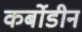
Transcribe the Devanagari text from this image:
कर्बोडीन